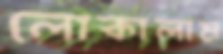
লোকালাম